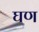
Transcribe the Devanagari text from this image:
घण